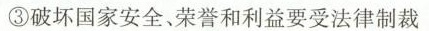
③破坏国家安全、荣誉和利益要受法律制裁